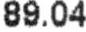
89.04